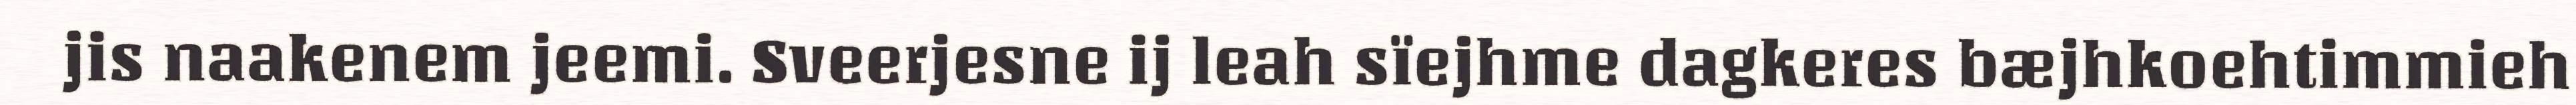
jis naakenem jeemi. Sveerjesne ij leah sïejhme dagkeres bæjhkoehtimmieh